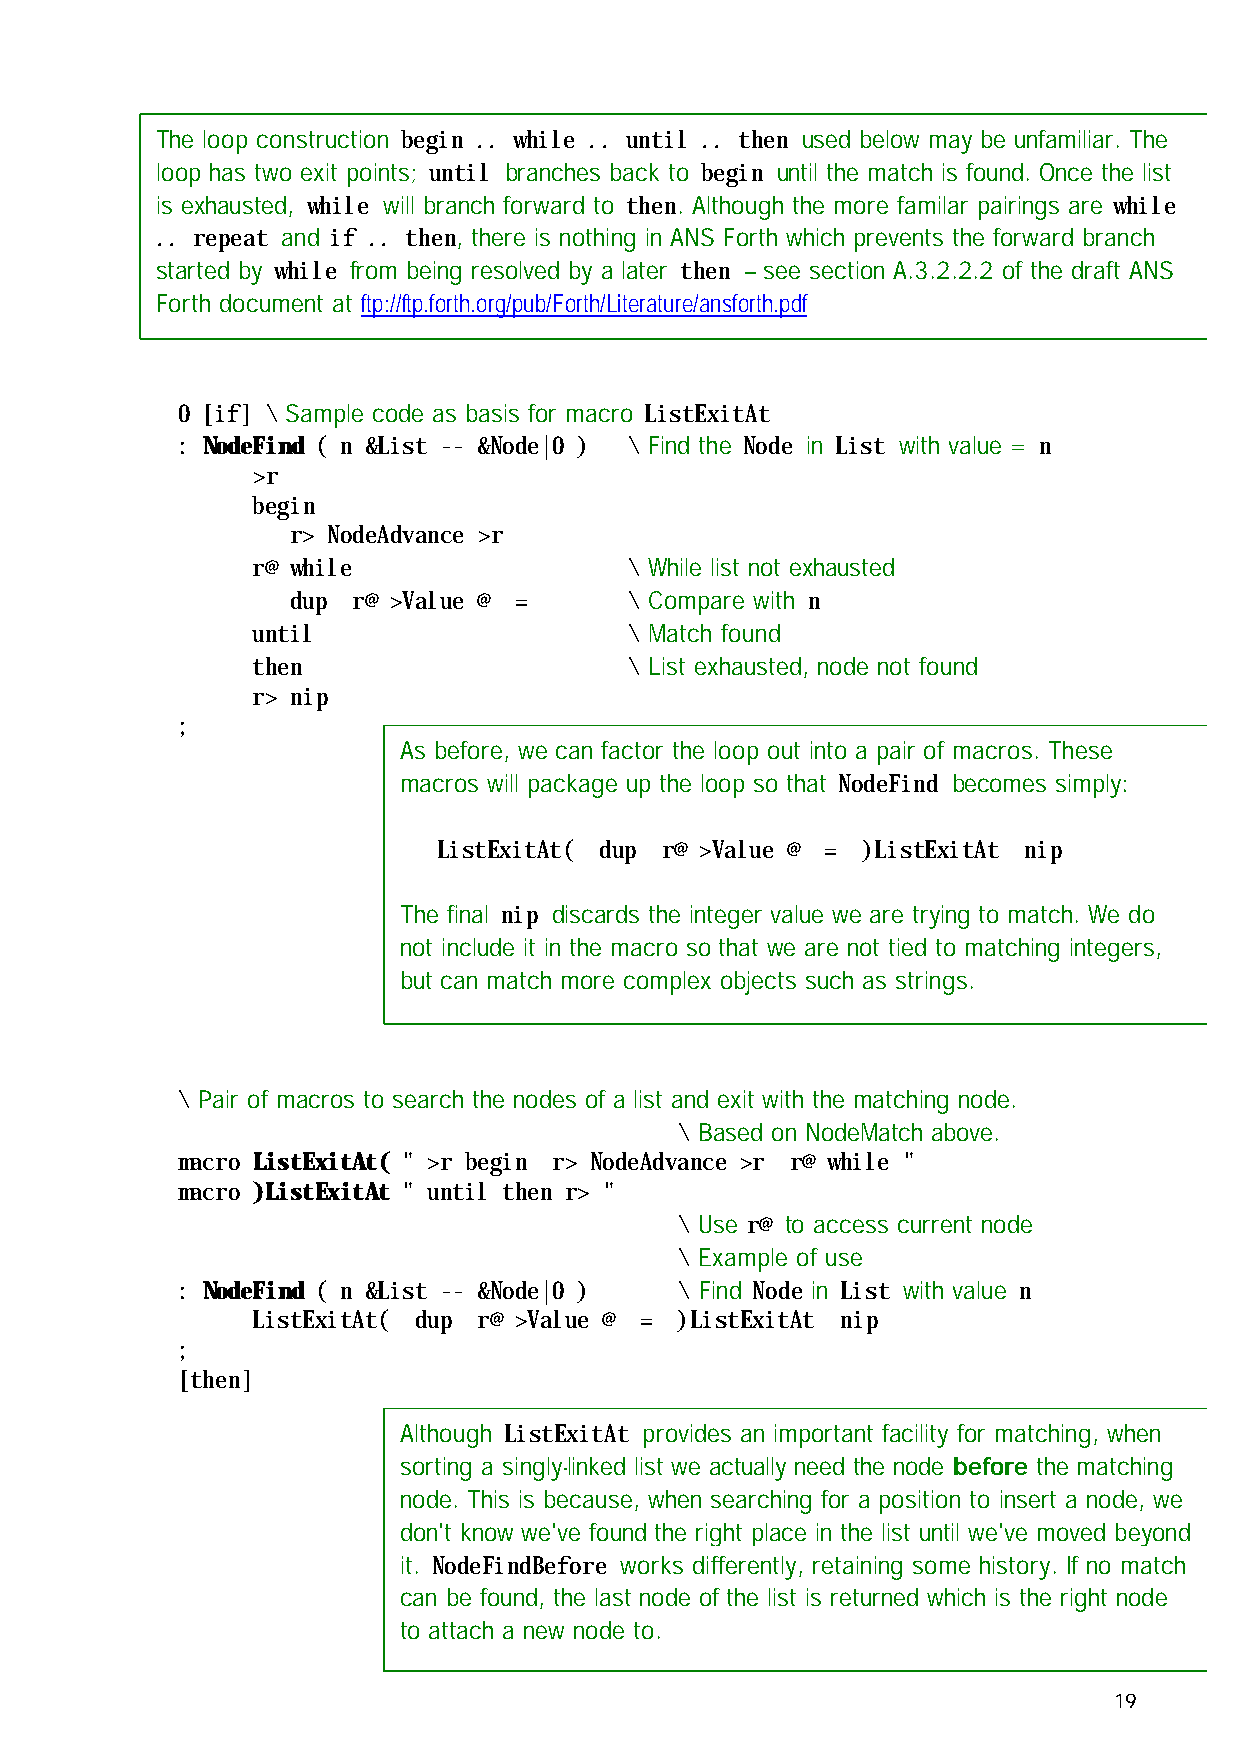
The loop construction begin .. while .. until .. then used below may be unfamiliar. The
 loop has two exit points; until branches back to begin until the match is found. Once the list
 is exhausted, while will branch forward to then. Although the more familar pairings are while
 .. repeat and if .. then, there is nothing in ANS Forth which prevents the forward branch
 started by while from being resolved by a later then – see section A.3.2.2.2 of the draft ANS
 Forth document at ftp://ftp.forth.org/pub/Forth/Literature/ansforth.pdf
 0 [if] \ Sample code as basis for macro ListExitAt
 : NodeFind ( n &List -- &Node|0 ) \ Find the Node in List with value = n
 >r
 begin
 r> NodeAdvance >r
 r@ while                 \ While list not exhausted
 dup r@ >Value @ =      \ Compare with n
 until                    \ Match found
 then                     \ List exhausted, node not found
 r> nip
 ;
 As before, we can factor the loop out into a pair of macros. These
 macros will package up the loop so that NodeFind becomes simply:
 ListExitAt( dup r@ >Value @ = )ListExitAt nip
 The final nip discards the integer value we are trying to match. We do
 not include it in the macro so that we are not tied to matching integers,
 but can match more complex objects such as strings.
 \ Pair of macros to search the nodes of a list and exit with the matching node.
 \ Based on NodeMatch above.
 macro ListExitAt( " >r begin r> NodeAdvance >r r@ while "
 macro )ListExitAt " until then r> "
 \ Use r@ to access current node
 \ Example of use
 : NodeFind ( n &List -- &Node|0 ) \ Find Node in List with value n
 ListExitAt( dup r@ >Value @ = )ListExitAt nip
 ;
 [then]
 Although ListExitAt provides an important facility for matching, when
 sorting a singly-linked list we actually need the node before the matching
 node. This is because, when searching for a position to insert a node, we
 don't know we've found the right place in the list until we've moved beyond
 it. NodeFindBefore works differently, retaining some history. If no match
 can be found, the last node of the list is returned which is the right node
 to attach a new node to.
 19